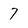
Character: 7